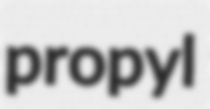
propyl